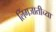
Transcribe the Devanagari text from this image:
लिंगजातीच्या